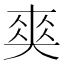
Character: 𠁊